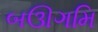
બઊગમિ